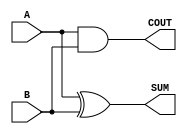
module Parameterized_Half_Adder #(parameter WIDTH = 1) (
    input  wire [WIDTH-1:0] A,        // First operand
    input  wire [WIDTH-1:0] B,        // Second operand
    output wire [WIDTH-1:0] SUM,      // Sum output
    output wire COUT                  // Carry-out output
);

    // Generate SUM output as the bitwise XOR of A and B
    assign SUM = A ^ B;

    // Generate COUT output as the bitwise AND of A and B
    // COUT is a multi-bit result; we want a single carry-out,
    // which is the logical OR of all the individual AND results
    assign COUT = |(A & B);

endmodule